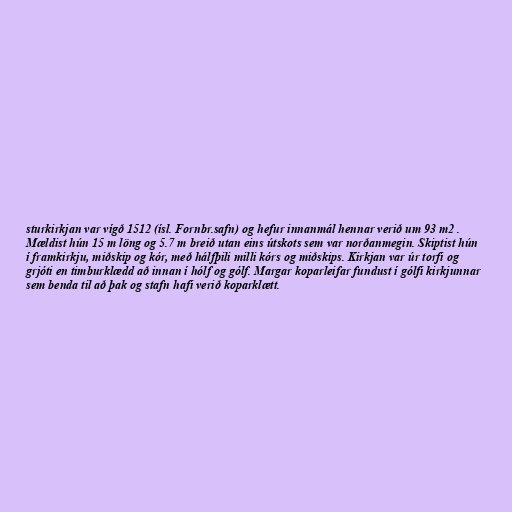
sturkirkjan var vígð 1512 (ísl. Fornbr.safn) og hefur innanmál hennar verið um 93 m2 .
Mældist hún 15 m löng og 5.7 m breið utan eins útskots sem var norðanmegin. Skiptist hún
í framkirkju, miðskip og kór, með hálfþili milli kórs og miðskips. Kirkjan var úr torfi og
grjóti en timburklædd að innan í hólf og gólf. Margar koparleifar fundust í gólfi kirkjunnar
sem benda til að þak og stafn hafi verið koparklætt.